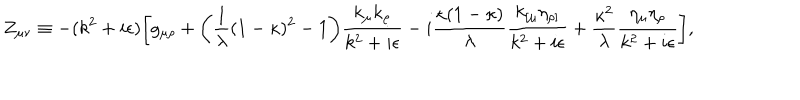
Z _ { \mu \nu } \equiv - ( k ^ { 2 } + i \epsilon ) \biggl [ g _ { \mu \rho } + \biggl ( { \frac { 1 } { \lambda } } ( 1 - \kappa ) ^ { 2 } - 1 \biggr ) { \frac { k _ { \mu } k _ { \rho } } { k ^ { 2 } + i \epsilon } } - i { \frac { \kappa ( 1 - \kappa ) } { \lambda } } { \frac { k _ { [ \mu } \eta _ { \rho ] } } { k ^ { 2 } + i \epsilon } } + { \frac { \kappa ^ { 2 } } { \lambda } } { \frac { \eta _ { \mu } \eta _ { \rho } } { k ^ { 2 } + i \epsilon } } \biggr ] ,